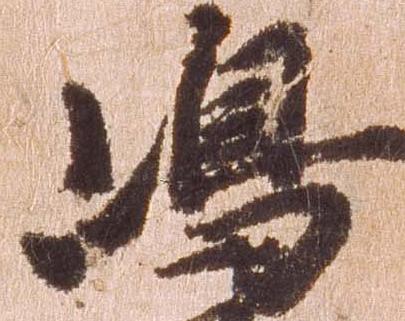
嶋